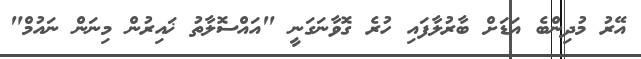
އޭރު މުދިންބެ އަޑަށް ބާރުލާފައި ހުރެ ގޮވާނަގަނީ "އައްސޮލާތު ޚައިރުން މިނަން ނައުމް"